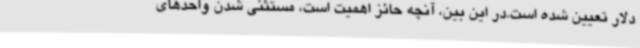
دلار تعیین شده است.در این بین، آنچه حائز اهمیت است، مستثنی شدن واحدهای